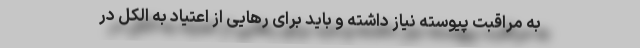
به مراقبت پیوسته نیاز داشته و باید برای رهایی از اعتیاد به الکل در